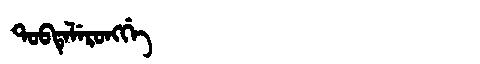
Manchu: ᡨᠣᠪᡨᡝᠯᡝᡵᠣᠩᡤᡝ
Romanization: TOBTELERONGGE